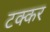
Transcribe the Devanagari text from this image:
टक्कर